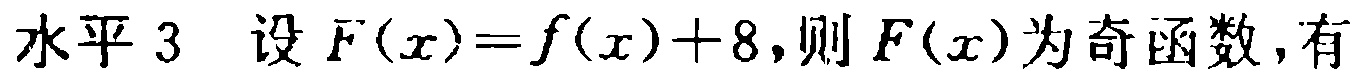
水平 3 设 \(F(x)=f(x)+8\)，则 \(F(x)\) 为奇函数，有